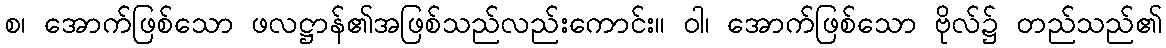
စ၊ အောက်ဖြစ်သော ဖလဋ္ဌာန်၏အဖြစ်သည်လည်းကောင်း။ ဝါ၊ အောက်ဖြစ်သော ဗိုလ်၌ တည်သည်၏